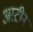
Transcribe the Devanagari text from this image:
अस्टीन